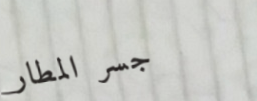
جسر المطار